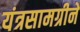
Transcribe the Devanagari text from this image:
यंत्रसामग्रीने